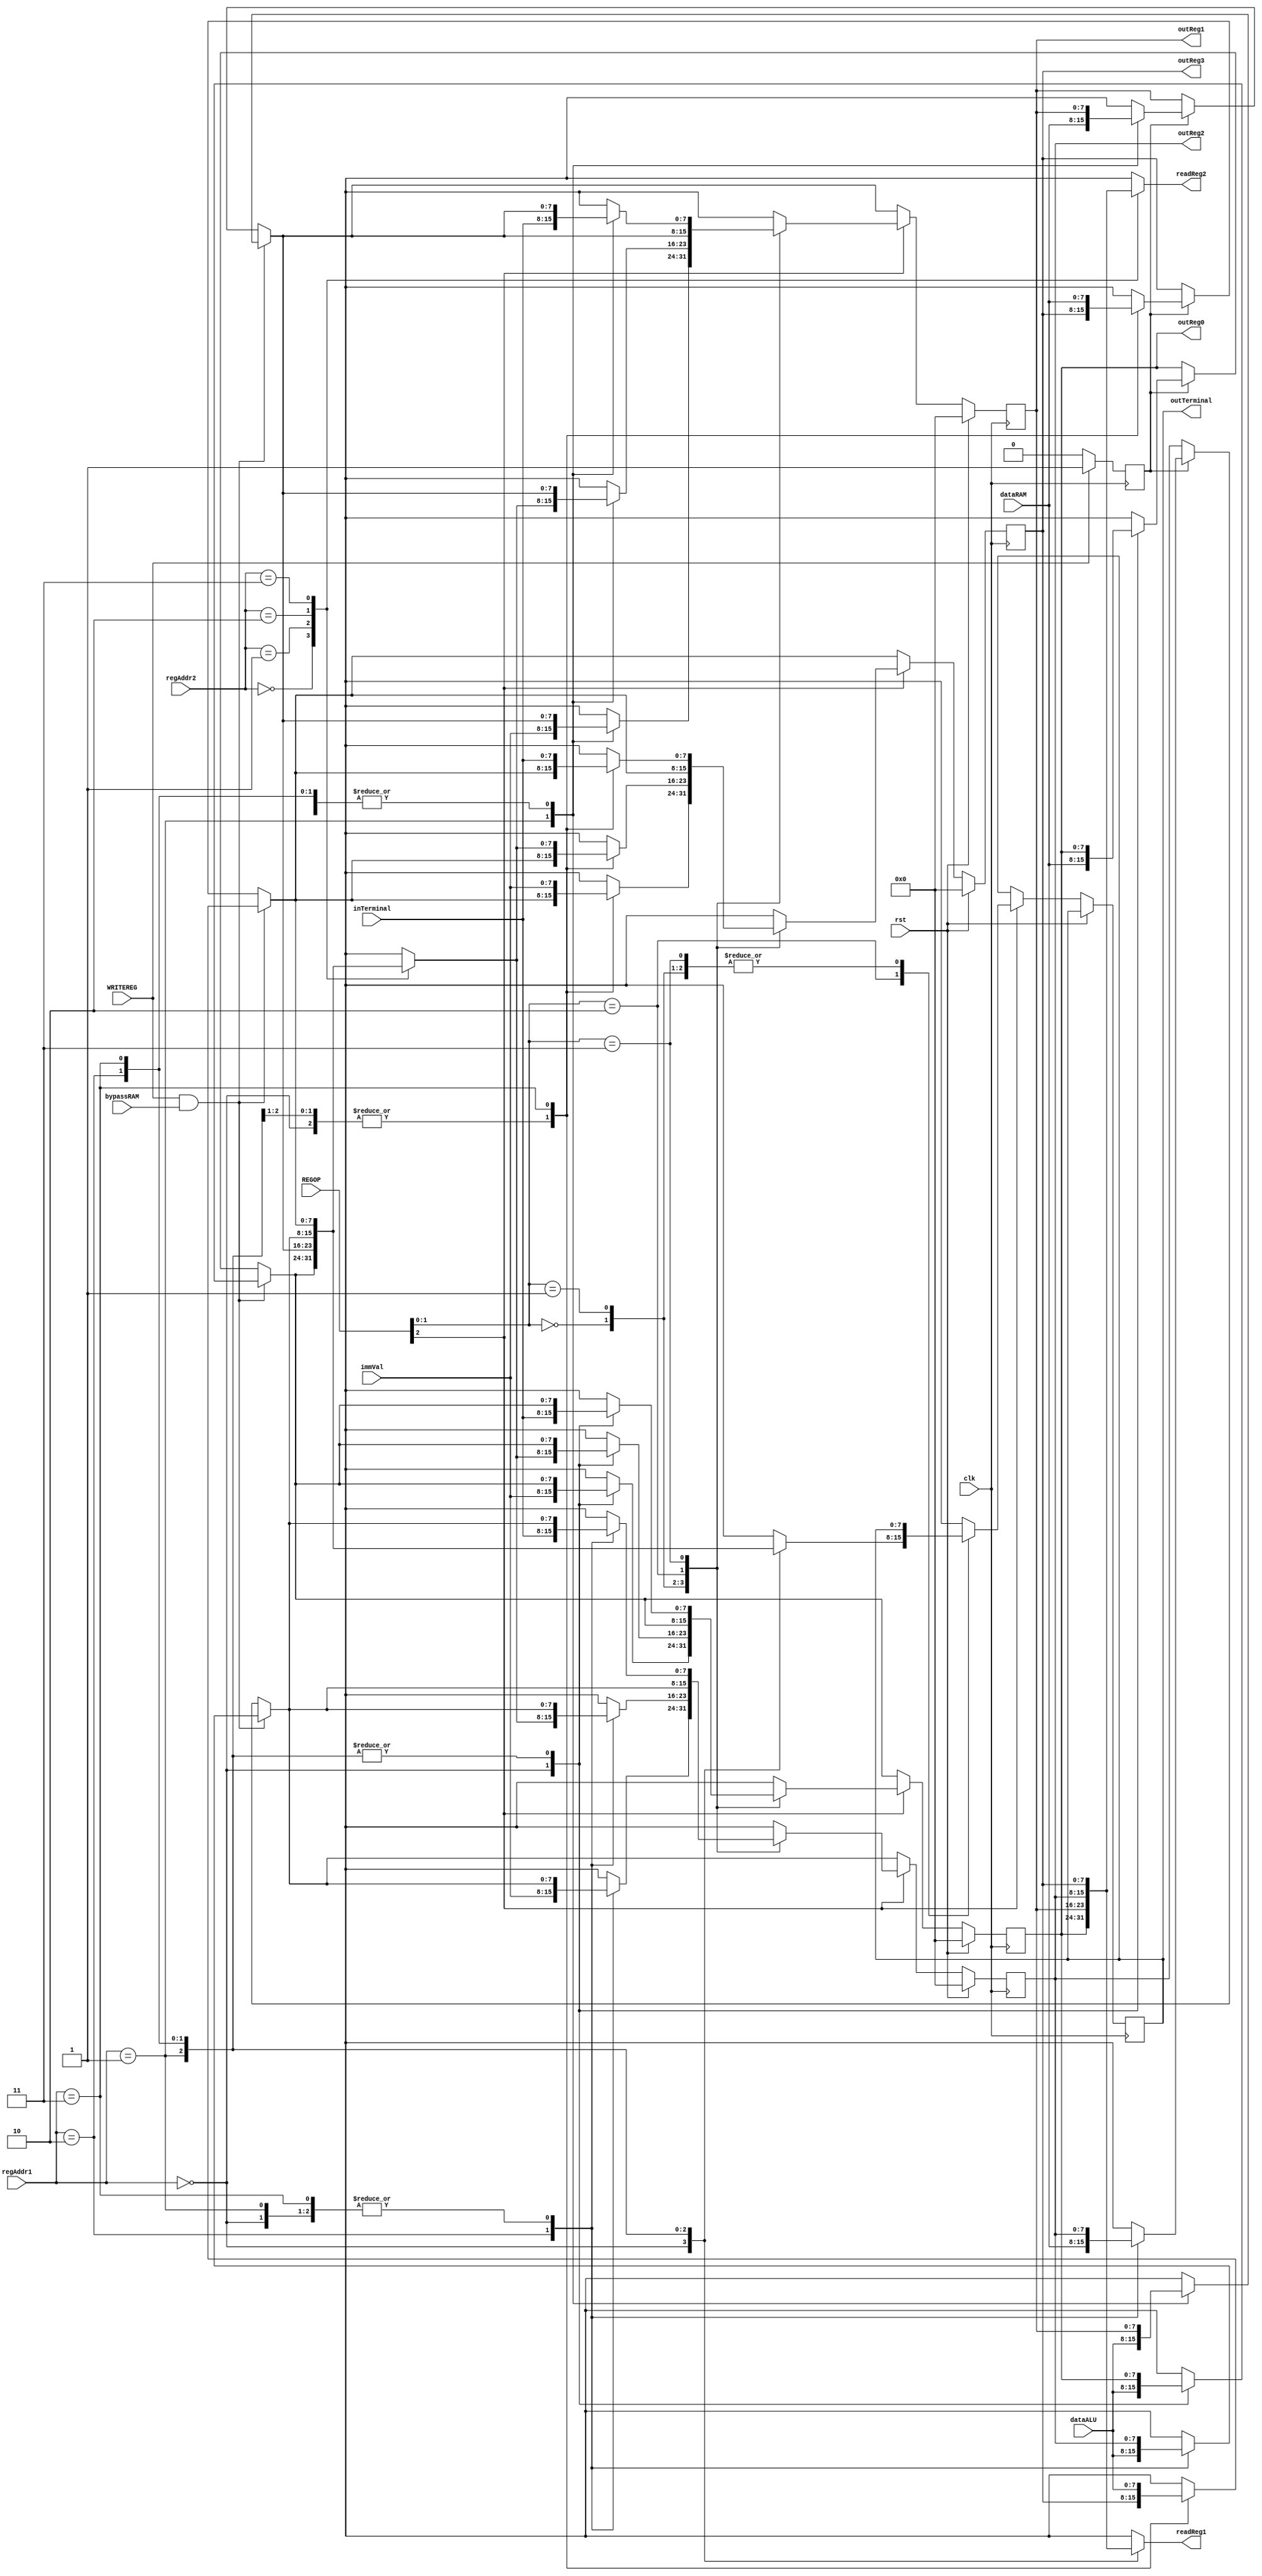
`timescale 1 s/ 1 ms

module registerMemMOD(rst,clk,regAddr1,regAddr2,immVal,WRITEREG,REGOP,readReg1,readReg2,
						 outReg0, outReg1, outReg2, outReg3,inTerminal,outTerminal, dataALU,dataRAM,bypassRAM);

input [1:0] regAddr1;
input [1:0] regAddr2;
input [7:0] immVal;
input WRITEREG;
input [2:0] REGOP;
input [7:0] dataRAM;
input [7:0] dataALU;
input bypassRAM;
input rst;
input clk;

output [7:0] readReg1;
output [7:0] readReg2;

output [7:0] outReg0;
output [7:0] outReg1;
output [7:0] outReg2;
output [7:0] outReg3;

input [7:0] inTerminal;
output reg [7:0] outTerminal;

reg [7:0] regUse[3:0];

reg edge_check;

assign readReg1 = regUse[regAddr1];
assign readReg2 = regUse[regAddr2];

assign outReg0 = regUse[0];
assign outReg1 = regUse[1];
assign outReg2 = regUse[2];
assign outReg3 = regUse[3];

always @ (negedge clk) begin
	if(WRITEREG) begin
			edge_check <= 1;
		end
	else if (edge_check)
		edge_check <= 0;
end

always @(posedge clk) begin

	if(rst) begin
		regUse[0] = 0;
		regUse[1] = 0;
		regUse[2] = 0;
		regUse[3] = 0;
	end
	
	else begin
		if(WRITEREG&bypassRAM) begin
			regUse[regAddr1] = dataALU;
		end
		
		else begin
			if(edge_check) begin
				regUse[regAddr1] = dataRAM;
			end
		end
	
		if(REGOP[2] == 1) begin
			case(REGOP[1:0]) 
				2'b00://LOADIMM
						 regUse[regAddr1] = immVal;
						
				2'b01://MOV
						 regUse[regAddr1] = regUse[regAddr2];
						
				2'b10://OUT
						 outTerminal = regUse[regAddr1];
						
				2'b11://IN
						 regUse[regAddr1] = inTerminal;
			endcase
		end
	end
end

endmodule